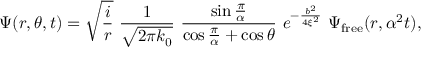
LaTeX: \Psi ( r , \theta , t ) = \sqrt { { \frac { i } { r } } } \, \, { \frac { 1 } { \sqrt { 2 \pi k _ { 0 } } } } \, \, { \frac { \sin { \frac { \pi } { \alpha } } } { \cos { \frac { \pi } { \alpha } } + \cos \theta } } \, \, e ^ { - { \frac { b ^ { 2 } } { 4 \xi ^ { 2 } } } } \, \, \Psi _ { \mathrm { { f r e e } } } ( r , \alpha ^ { 2 } t ) ,